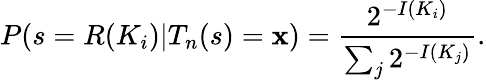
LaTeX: P(s=R(K_{i})|T_{n}(s)=\mathbf{x})={\frac{{2^{-I(K_{i})}}}{{\sum_{j}2^{-I(K_{j})}}}}.